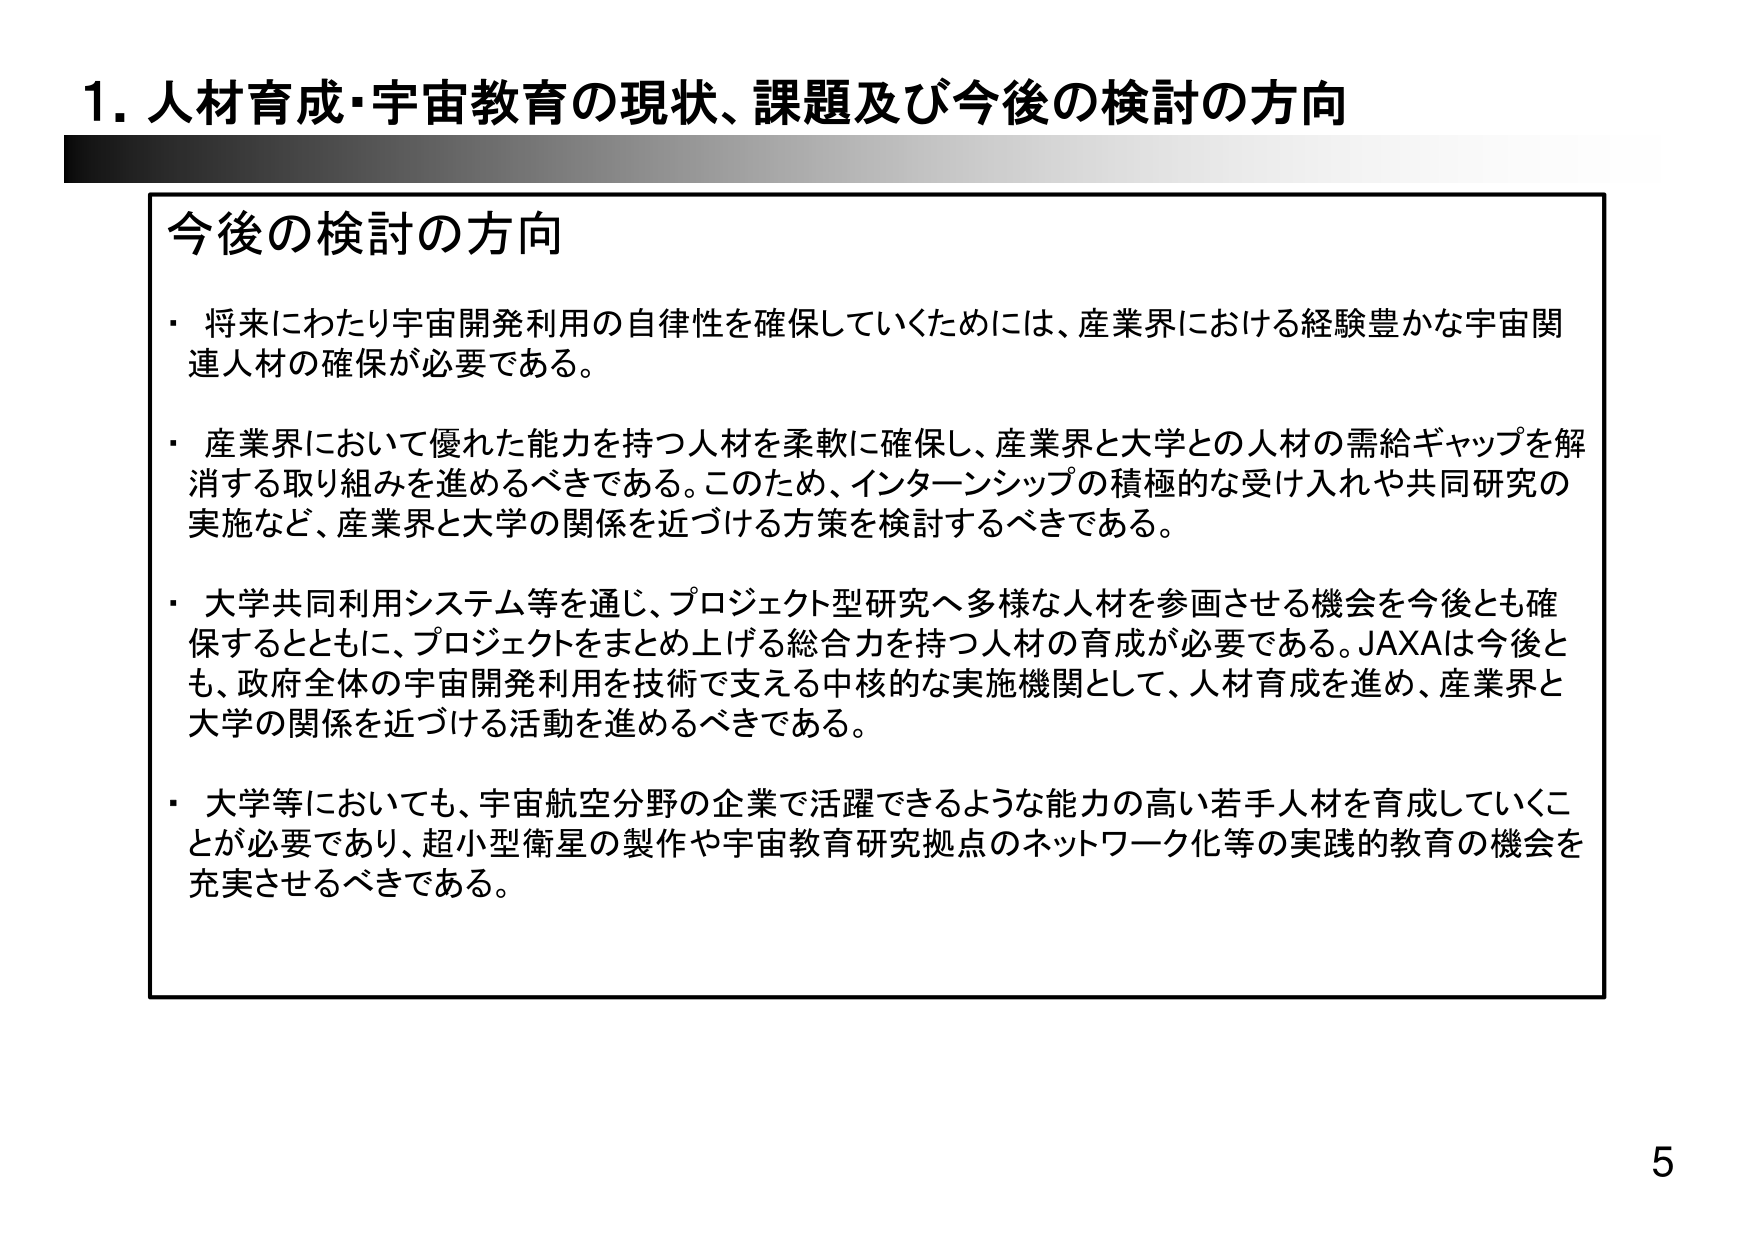
1. 人材育成・宇宙教育の現状、課題及び今後の検討の方向

今後の検討の方向
・将来にわたり宇宙開発利用の自律性を確保していくためには、産業界における経験豊かな宇宙関連人材の確保が必要である。
・産業界において優れた能力を持つ人材を柔軟に確保し、産業界と大学との人材の需給ギャップを解消する取り組みを進めるべきである。このため、インターンシップの積極的な受け入れや共同研究の実施など、産業界と大学の関係を近づける方策を検討するべきである。
・大学共同利用システム等を通じ、プロジェクト型研究へ多様な人材を参画させる機会を今後とも確保するとともに、プロジェクトをまとめ上げる総合力を持つ人材の育成が必要である。JAXAは今後とも、政府全体の宇宙開発利用を技術で支える中核的な実施機関として、人材育成を進め、産業界と大学の関係を近づける活動を進めるべきである。
・大学等においても、宇宙航空分野の企業で活躍できるような能力の高い若手人材を育成していくことが必要であり、超小型衛星の製作や宇宙教育研究拠点のネットワーク化等の実践的教育の機会を充実させるべきである。

5